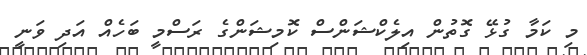
މި ކަމާ ގުޅޭ ގޮތުން އިލެކްޝަންސް ކޮމިޝަންގެ ރަސްމީ ބަހެއް އަދި ވަނީ